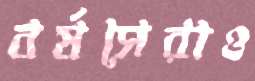
বর্ষসেরাও